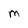
Character: M